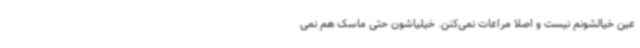
عین خیالشونم نیست و اصلا مراعات نمی‌کنن. خیلیاشون حتی ماسک هم نمی